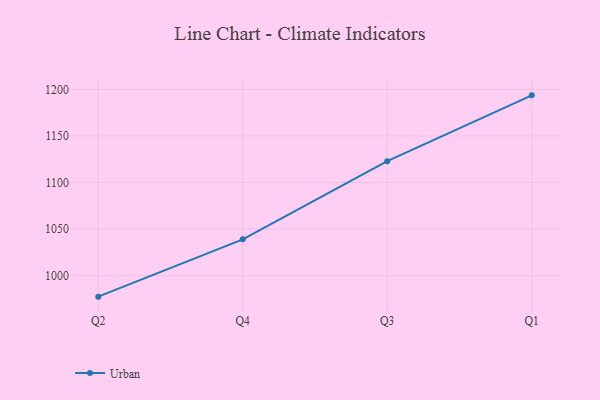
{"axis": {"x": "Quarter", "y": "Active Users"}, "legend": ["Urban"], "data": [{"x": "Q2", "y": 977.5, "type": "Urban"}, {"x": "Q4", "y": 1039.0, "type": "Urban"}, {"x": "Q3", "y": 1122.9, "type": "Urban"}, {"x": "Q1", "y": 1193.6, "type": "Urban"}]}